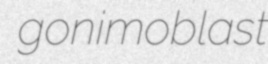
gonimoblast